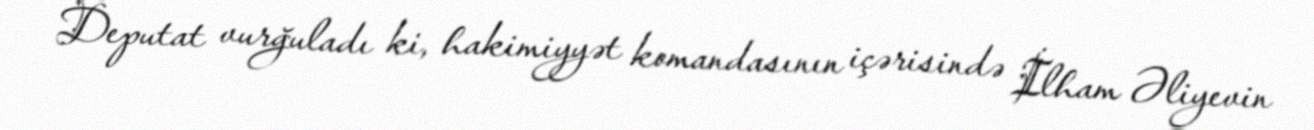
Deputat vurğuladı ki, hakimiyyət komandasının içərisində İlham Əliyevin